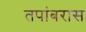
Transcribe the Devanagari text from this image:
तपांबरास